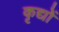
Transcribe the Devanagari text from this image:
कृद्यों